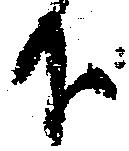
下